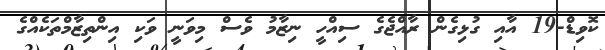
ކޮވިޑް-19 އާއި ގުޅިގެން ރާއްޖެގެ ސިއްހީ ނިޒާމު ވެސް މިވަނީ ވަކި އިންތިޒާމްތަކެއްގެ